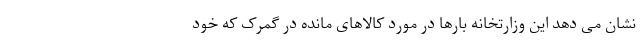
نشان می دهد این وزارتخانه بارها در مورد کالاهای مانده در گمرک که خود